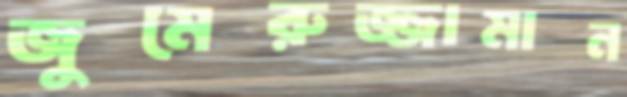
জুমেরুজ্জামান